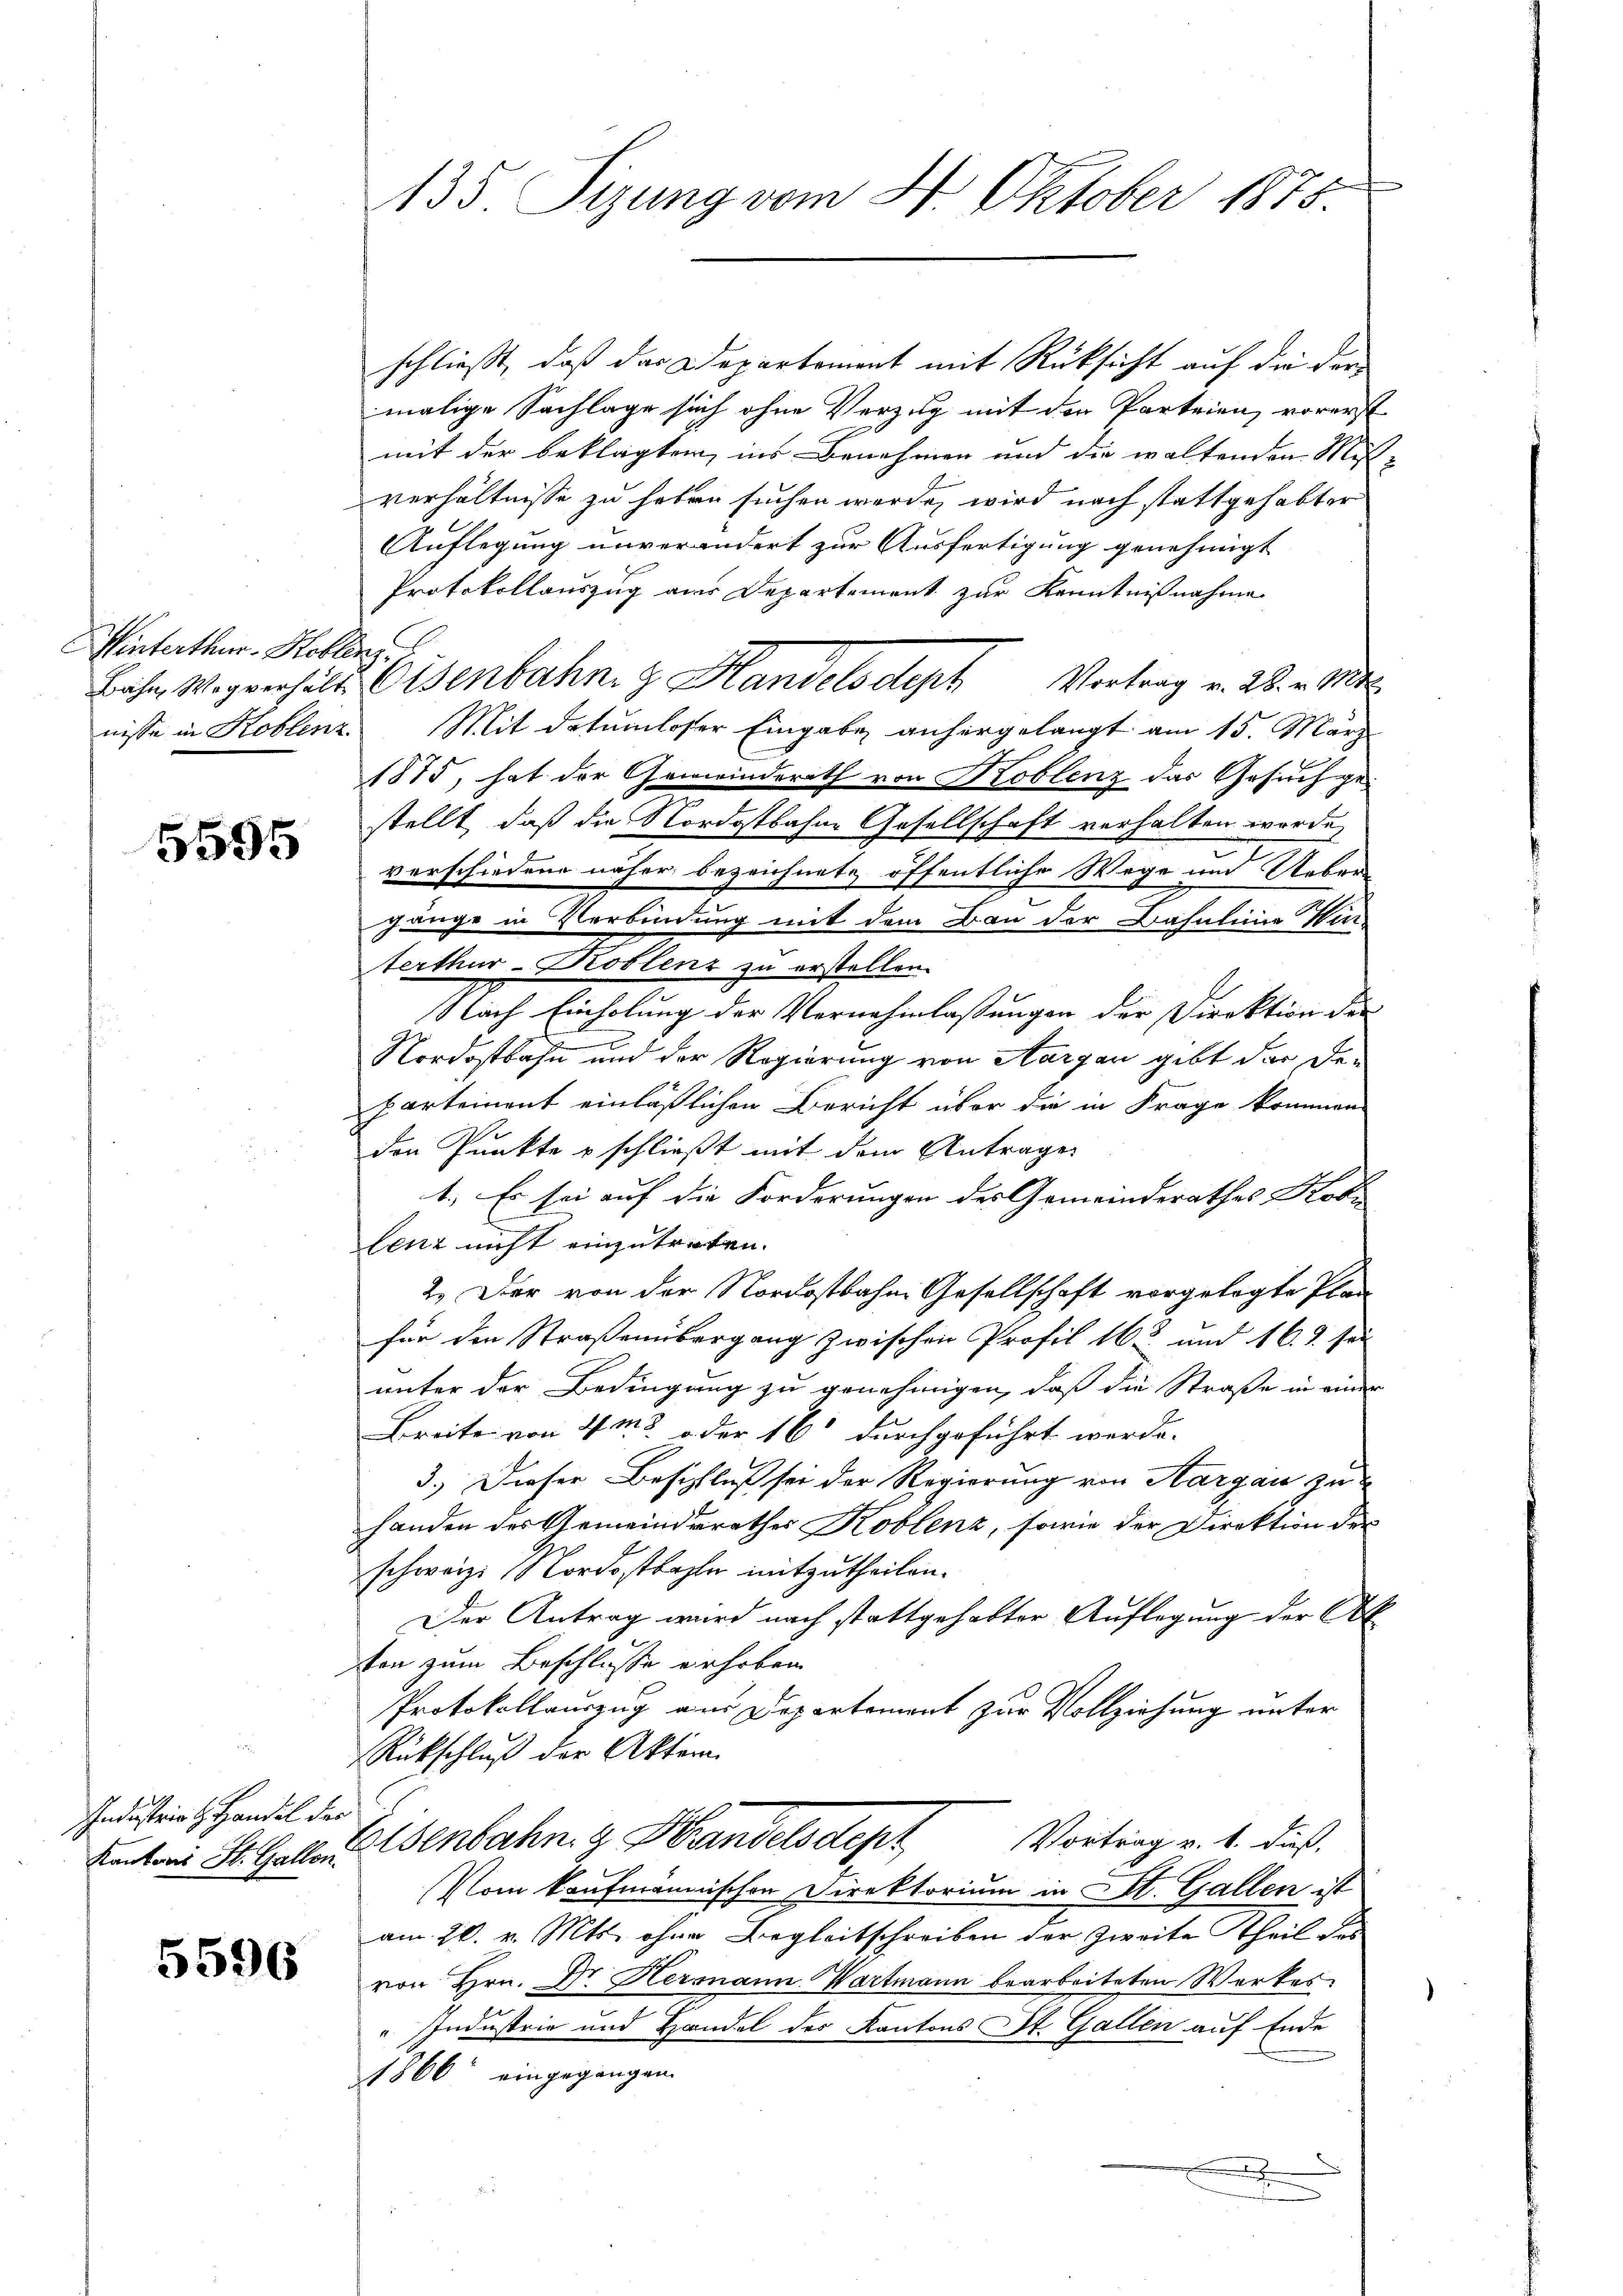
Winterthur. Hoblenz

5595

Industrie H. Handel der

5596

schließt, daß das Departement mit Rücksicht auf die der
malige Sachlage sich ohne Verzug mit der Parteien, vorerst
mit der beklagten, ins Benehmen und die waltenden Mit-
verhältnisse zu haben suchen werde, wird nach stattgehabter
Auflegung unverändert zur Ausfertigung genehmigt
Protokollauszug aus Departement zur Kenntnißnahme
Bichen Wogverhält Eisenbahn z. Handelsdept Vortrag v. 28. v. Mt
nisse in Koblenz Mit Datumloser Eingabe anhergelangt am 15. März
1875, hat der Gemeinderath von Koblenz das Gesuch gestellt, daß die Nordostbahne Gesellschaft verhalten wurde,
verschiedene näher bezeichnete öffentliche Wege und Ueber
gänge in Verbindung mit dem Bau der Bahnlinie Wir-
terthur-Droblenz zu erstellen.
Nach Einholung der Vernehmlassungen der Direktion der
Nordostbahn und der Regierung von Aargau gibt der Departement einläßlichen Bericht über die in Frage kommen
den Punkte u schließt mit dem Antrages
1. Es sei auf die Forderungen des Gemeinderathes Kodi
lenz nicht einzutreten.
2. Der von der Nordostbahne Gesellschaft vorgelegte Plan
für den Straßenübergang zwischen Profil 163 und 16. 2 sei
unter der Bedingung zu genehmigen, daß die Straße in einer
Breite von 4m3 oder 16 durchgeführt werde.
3.) Dieser Beschluß sei der Regierung von Aargau zu
handen des Gemeinderathes Koblenz, sowie der Direktion der
schweiz. Nordostbahle mitzutheilen.
Der Antrag wird nach stattgehabter Auflegung der Ab
von zum Beschlüsse erhoben
Protokollauszug am Departement zur Vollziehung unter
Rückschluß der Akten.
Vortrag v. 1. dieß.
Kenten St. Gallen senbahn & Handels Sept
Vom kaufmännischen Direktorium in St. Gallen ist
am 20. v. Mts. ohne Begleitschreiben der Zweite Theil der
von Hrn. Dr. Hermann Wartmann bearbeiteten Werkes
Industrie und Handel des Kantons St. Gallen auf Ende
1866 eingegangen.
x

135 Sizung vom 4. Oktober 1875.